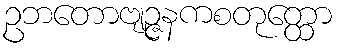
ဥဘတောဗျဉ္ဇနကစတုတ္ထော